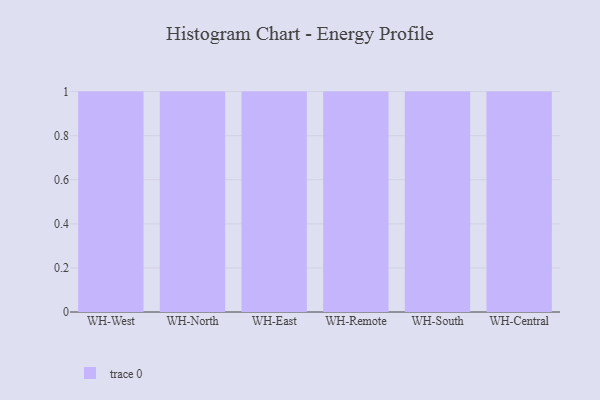
{"axis": {"x": "Warehouse", "y": "Customer Acquisition Cost (USD)"}, "legend": [""], "data": [{"x": "WH-West", "y": 61, "type": ""}, {"x": "WH-North", "y": 81, "type": ""}, {"x": "WH-East", "y": 5, "type": ""}, {"x": "WH-Remote", "y": 8, "type": ""}, {"x": "WH-South", "y": 42, "type": ""}, {"x": "WH-Central", "y": 68, "type": ""}]}